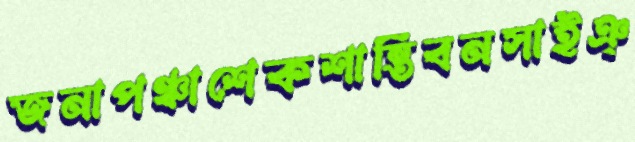
জনাপঞ্চাশেকশান্তিবনসাইঞ্